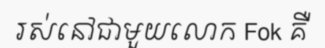
រស់នៅជាមួយលោក Fok គឺ